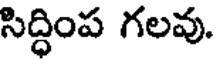
సిద్ధింప గలవు.